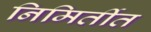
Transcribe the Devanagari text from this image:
निमिर्तीत